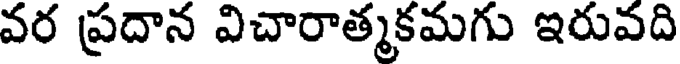
వర ప్రదాన విచారాత్మకమగు ఇరువది